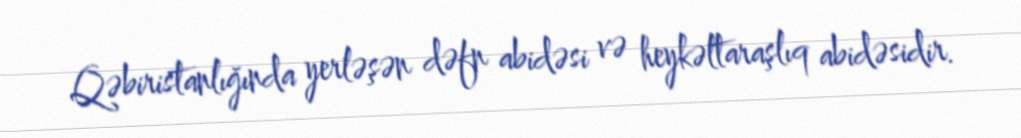
Qəbiristanlığında yerləşən dəfn abidəsi və heykəltaraşlıq abidəsidir.